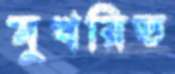
মুখরিত